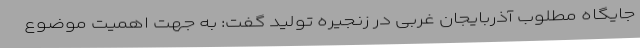
جایگاه مطلوب آذربایجان غربی در زنجیره تولید گفت: به جهت اهمیت موضوع